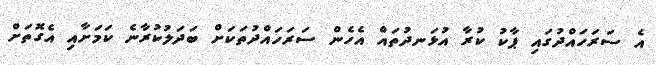
އެ ސަރަހައްދުގައި ޕާކު ކުރާ އުޅަނދުތައް އެހެން ސަރަހައްދުތަކަށް ބަދަލުކުރާނެ ކަމަށާއި އެގޮތަށް